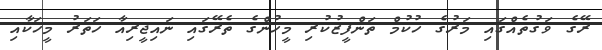
ރޭގެ ވަގުތެއްގައި މަރުގެ ހުކުމް ތަންފީޒުކުރި މީހުންގެ ތެރޭގައި ނައިޖީރިއާ ހަތަރު މީހަކާއި